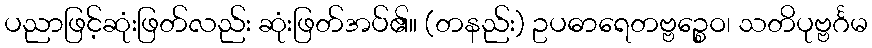
ပညာဖြင့်ဆုံးဖြတ်လည်း ဆုံးဖြတ်အပ်၏။ (တနည်း) ဥပဓာရေတဗ္ဗဉ္စေဝ၊ သတိပုဗ္ဗင်္ဂမ